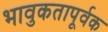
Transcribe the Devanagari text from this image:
भावुकतापूर्वक